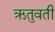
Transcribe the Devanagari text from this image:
ऋतुवती